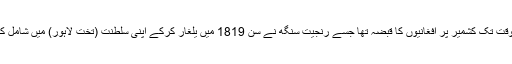
اس وقت تک کشمیر پر افغانیوں کا قبضہ تھا جسے رنجیت سنگھ نے سن 1819 میں یلغار کرکے اپنی سلطنت (تخت لاہور) میں شامل کرلیا۔